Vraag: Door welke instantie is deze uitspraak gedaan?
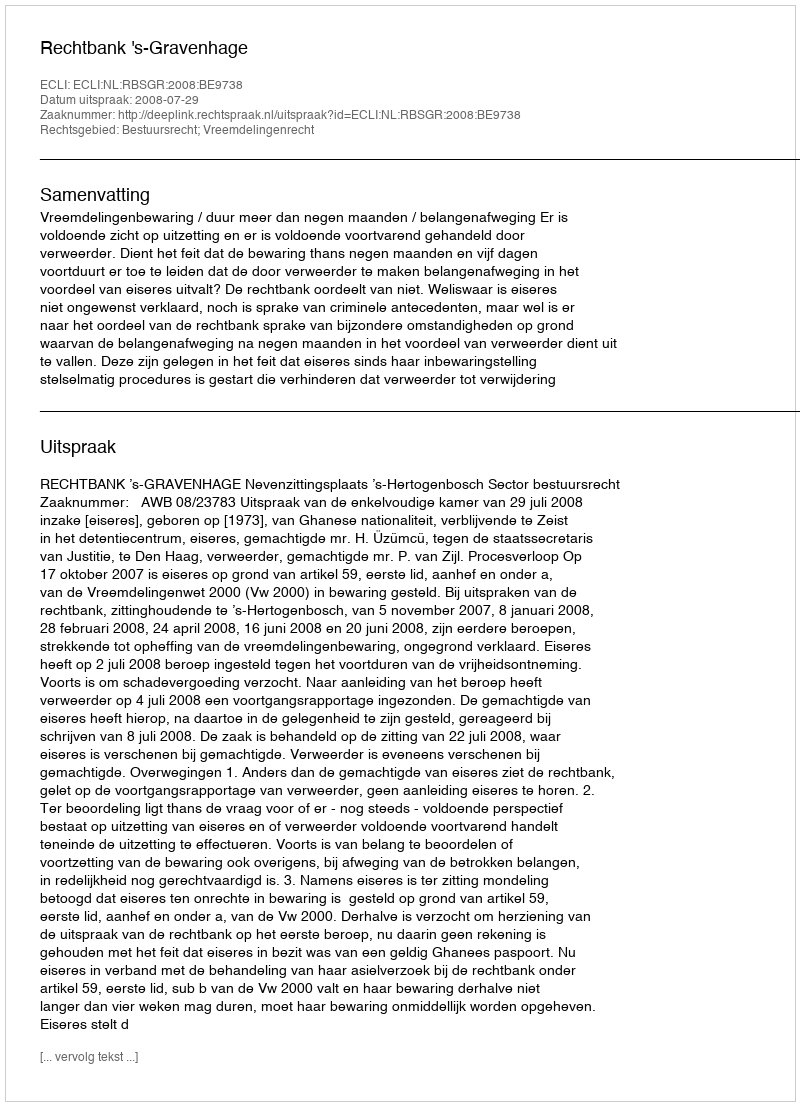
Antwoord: Rechtbank 's-Gravenhage